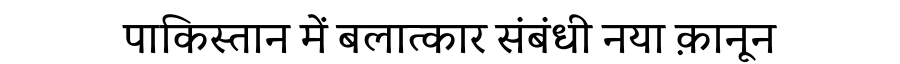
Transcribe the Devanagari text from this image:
पाकिस्तान में बलात्कार संबंधी नया क़ानून